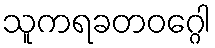
သူကရခတဝဂ္ဂေါ